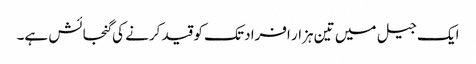
ایک جیل میں تین ہزار افراد تک کو قید کرنے کی گنجائش ہے۔